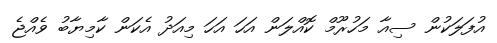
އުފަލަކުން ސިއާ މަހުރޫމް ކޮއްލަން އަހަ އަހަ މިއަދު އެކަން ކާމިޔާބު ވެއްޖެ